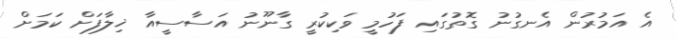
އެ އަމުރުން އެނގުނު ގޮތުގައި ފަހުމީ ވަކިކުރީ ގާނޫނު އަސާސީއާ ޚިލާފަށް ކަމަށް